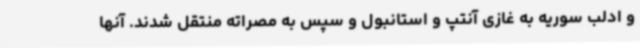
و ادلب سوریه به غازی آنتپ و استانبول و سپس به مصراته منتقل شدند. آنها